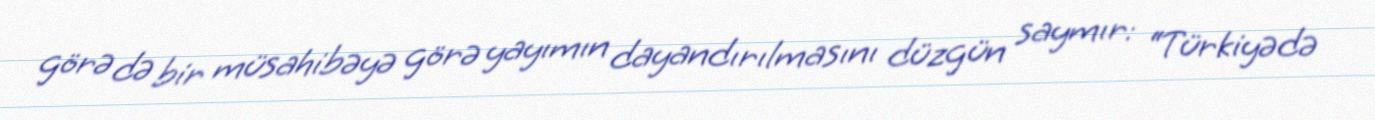
görə də bir müsahibəyə görə yayımın dayandırılmasını düzgün saymır: “Türkiyədə